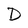
Character: D